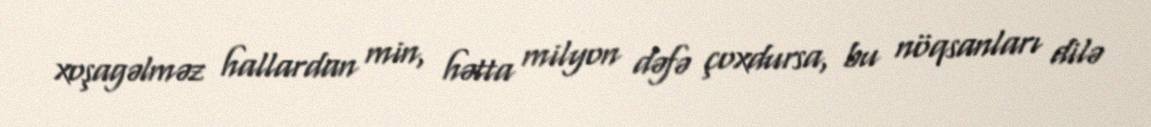
xoşagəlməz hallardan min, hətta milyon dəfə çoxdursa, bu nöqsanları dilə